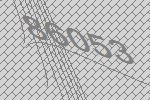
86053